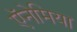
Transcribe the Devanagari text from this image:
ऍनेमिया